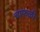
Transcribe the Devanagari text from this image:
चाफळी